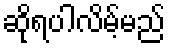
ဆိုရပါလိမ့်မည်